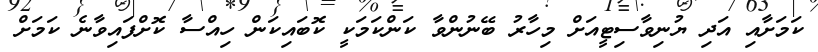
ކަމަށާއި އަދި ޔުނިވާސިޓީއަށް މިހާރު ބޭނުންވާ ކަންކަމަކީ ކޮބައިކަން ހިއްސާ ކޮށްފައިވާނެ ކަމަށް